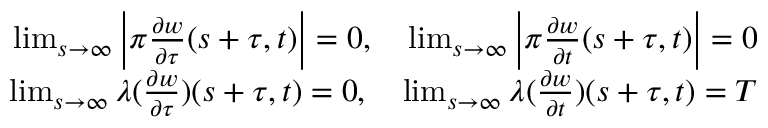
\begin{array} { r l r } & { } & { \operatorname* { l i m } _ { s \to \infty } \left| \pi \frac { \partial w } { \partial \tau } ( s + \tau , t ) \right| = 0 , \quad \operatorname* { l i m } _ { s \to \infty } \left| \pi \frac { \partial w } { \partial t } ( s + \tau , t ) \right| = 0 } \\ & { } & { \operatorname* { l i m } _ { s \to \infty } \lambda ( \frac { \partial w } { \partial \tau } ) ( s + \tau , t ) = 0 , \quad \operatorname* { l i m } _ { s \to \infty } \lambda ( \frac { \partial w } { \partial t } ) ( s + \tau , t ) = T } \end{array}